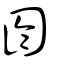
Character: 圇